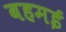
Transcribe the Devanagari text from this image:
बहमई